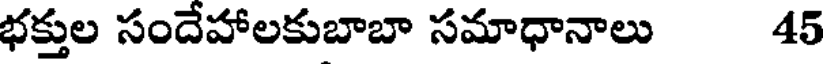
భక్తుల సందేహాలకుబాబా సమాధానాలు 45